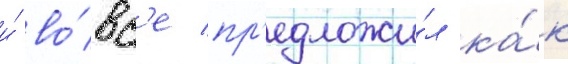
и́ во́вс'е пр'едложи́л ка́к